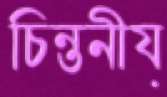
চিন্তনীয়